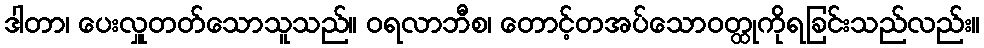
ဒါတာ၊ ပေးလှူတတ်သောသူသည်။ ဝရလာဘီစ၊ တောင့်တအပ်သောဝတ္ထုကိုရခြင်းသည်လည်း။